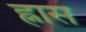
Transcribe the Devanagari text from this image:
ह्नास